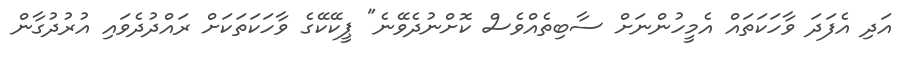
އަދި އެފަދަ ވާހަކަތައް އެމީހުންނަށް ސާބިތެއްވެސް ކޮށްނުދެވޭނެ" ޕީކޭކޭގެ ވާހަކަތަކަށް ރައްދުދެވައި އުރުދުގާން